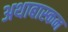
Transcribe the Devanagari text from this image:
अथाबास्कन